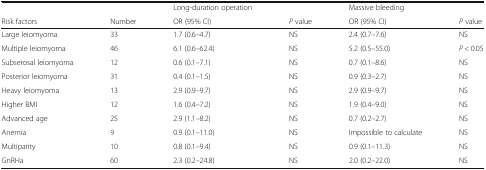
<table><thead><tr><td></td><td></td><td><b>Long-duration operation</b></td><td></td><td><b>Massive bleeding</b></td><td></td></tr><tr><td><b>Risk factors</b></td><td><b>Number</b></td><td><b>OR (95% CI)</b></td><td><b><i>P</i> value</b></td><td><b>OR (95% CI)</b></td><td><b><i>P</i> value</b></td></tr></thead><tbody><tr><td>Large leiomyoma</td><td>33</td><td>1.7 (0.6–4.7)</td><td>NS</td><td>2.4 (0.7–7.6)</td><td>NS</td></tr><tr><td>Multiple leiomyoma</td><td>46</td><td>6.1 (0.6–62.4)</td><td>NS</td><td>5.2 (0.5–55.0)</td><td><i>P</i> &lt; 0.05</td></tr><tr><td>Subserosal leiomyoma</td><td>12</td><td>0.6 (0.1–7.1)</td><td>NS</td><td>0.7 (0.1–8.6)</td><td>NS</td></tr><tr><td>Posterior leiomyoma</td><td>31</td><td>0.4 (0.1–1.5)</td><td>NS</td><td>0.9 (0.3–2.7)</td><td>NS</td></tr><tr><td>Heavy leiomyoma</td><td>13</td><td>2.9 (0.9–9.7)</td><td>NS</td><td>2.9 (0.9–9.7)</td><td>NS</td></tr><tr><td>Higher BMI</td><td>12</td><td>1.6 (0.4–7.2)</td><td>NS</td><td>1.9 (0.4–9.0)</td><td>NS</td></tr><tr><td>Advanced age</td><td>25</td><td>2.9 (1.1–8.2)</td><td>NS</td><td>0.7 (0.2–2.7)</td><td>NS</td></tr><tr><td>Anemia</td><td>9</td><td>0.9 (0.1–11.0)</td><td>NS</td><td>Impossible to calculate</td><td>NS</td></tr><tr><td>Multiparity</td><td>10</td><td>0.8 (0.1–9.4)</td><td>NS</td><td>0.9 (0.1–11.3)</td><td>NS</td></tr><tr><td>GnRHa</td><td>60</td><td>2.3 (0.2–24.8)</td><td>NS</td><td>2.0 (0.2–22.0)</td><td>NS</td></tr></tbody></table>